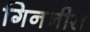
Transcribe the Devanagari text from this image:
गिननीस